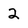
Character: 2